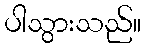
ပါသွားသည်။